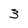
Character: 3